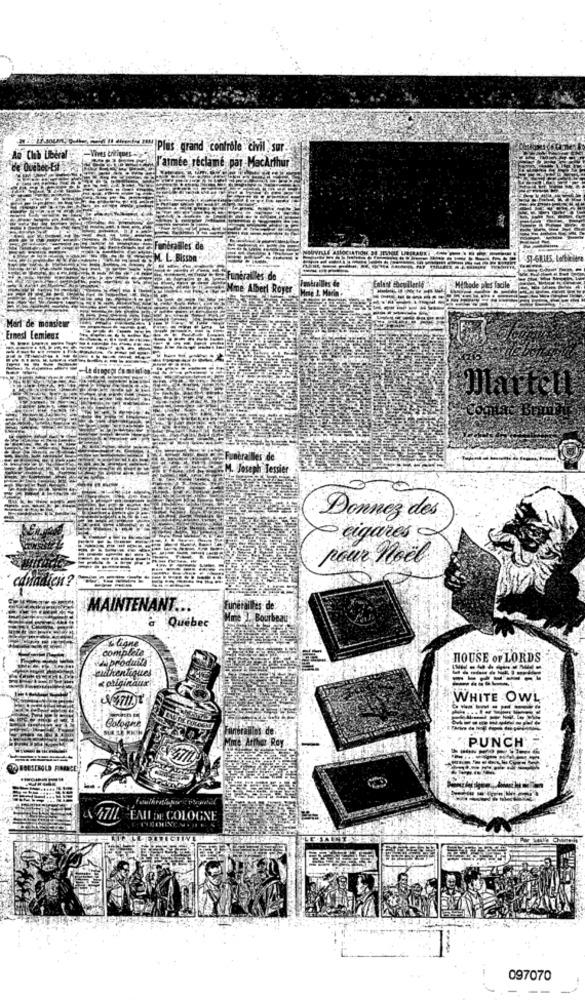
un Plus grand controle civil sur
Ao Club Uberal
-Vives &
de Ovébet-Et
l'armée réclamé par MacArthur
Funérailles de
M. L. Bisson
Eralles de
Mme Alberi Royer
Marl de monsieur
Ernest Lemieux
Dattell
Funérailles de
.M. Joseph Tessier
Donnez des
cigares
pour noël
com
MAINTENANT ...
Funérailles de
Mine . Bourbeau
a Québec
complete
ligne
& produita
HOUSE OF LORDS
authentiques
«originaux
WHITE OWL
Cologne
interailles de
Ime Arthe Roy
PUNCH
41711.
EAU DE COLOGNE
097070